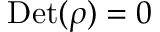
\mathrm { D e t } ( \rho ) = 0